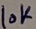
Text: 10K